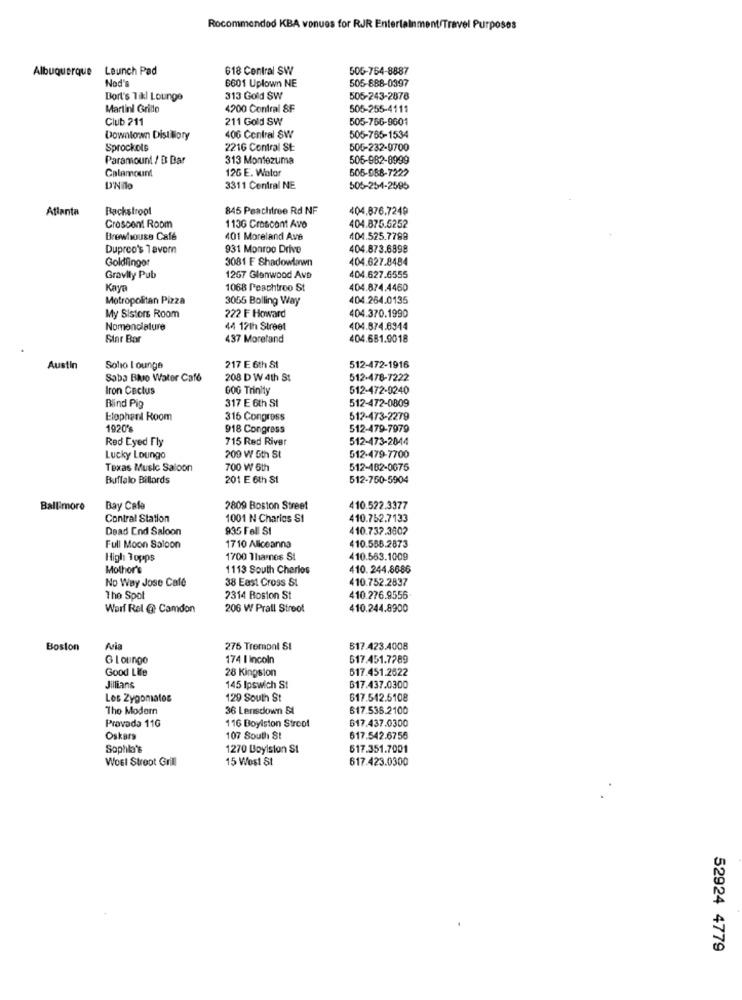
Recommended KBA vonues for RJR Entertainment/Travel Purposes
Albuquerque Launch Pad
618 Central SW
505-764-8887
Nod's
6601 Uplown NE
505-888-0397
Bort's Tikl Lounge
313 Gold ŚW
505-243-2878
Martini Grillo
4200 Contral 8F
505-255-4111
Club 211
211 Gold SW
505-766-9601
Downtown Dist Bory
406 Central SW
505-765-1534
Sprockets
2216 Contral St:
505-232-0700
Paramount / B Bar
313 Montezuma
506-982-8999
Calamount
126 E. Wolor
605-988-7222
3311 Central NE
505-254-2595
Atlanta
Backstroot
845 Peachtree Rd NF
404.876.7249
404.875.5252
Croscont Room
1136 Croscont Avo
Brewhouse Café
401 Moreland Ave
404.525.7789
Duprco's Tavern
931 Monroo Drive
404.873.6898
Goldfinger
3081 E Shadowlawn
404.627.8484
Gravity Pub
1267 Glenwood Ave
404.627.6555
Kaya
1068 Peachtroo St
404.874.4460
Metropolitan Pizza
3055 Bolling Way
404.264.0135
My Sistors Room
222 F Howard
404.370.1990
Nomenclature
44 12th Street
404.874.6944
Star Bar
437 Moreland
404.681.9018
Austin
Solio I ounge
217 E 6th St
512-472-1916
Saba Blue Water Cafe
208 D W 4th St
512-478-7222
Iron Cactus
00G Trinity
512-472-9240
512-472-0809
Blind Pig
317 E 6th St
Elephant Room
316 Congress
512-473-2279
1920's
918 Congress
512-479-7979
Red Eyed Fly
715 Red River
512-473-2044
Lucky Loungo
209 W 5th St
512-479-7700
Texas Music Saloon
700 W6th
512-482-0675
Buffalo Billards
201 E 6th St
512-750-5904
Baltimore
Bay Cafe
2809 Boston Street
410.522.3377
Contral Station
1001 N Charios Si
410.752.7133
Dead End Saloon
935 Fell SI
410.732.3802
Full Moon Saloon
1710 Aliceanna
410.556.2873
High Topps
1700 Thames St
410.563.1009
Mother's
1113 South Cherlos
410. 244.8686
No Way Jose Cafe
38 East Cross St
410.752.2837
The Spol
2314 Boston St
410.276.9556
Warf Rel @ Camdon
206 W Prall Stroot
410.244.8900
Boston
Avia
275 Tremont SI
B17.423.4008
G Lounge
174 I Incoln
617.451.7289
Good Life
28 Kingston
617.451.2622
Jillians
145 Ipswich St
617.437.0300
Los Zygomatos
120 South St
617.542.5108
The Modern
36 Lensdown SI
617.538.2100
Pravada 11G
116 Boylston Stroot
617.437.0300
Oskars
107 South St
617.542.6756
Sophia's
1270 Boylston St
617.351.7001
WoEl Stroot Grill
15 West St
617.423.0300
52924 4779